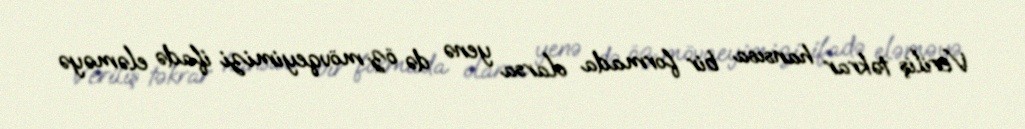
Veriliş təkrar hansısa bir formada olarsa yenə də öz mövqeyimizi ifadə eləməyə